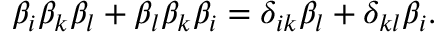
\beta _ { i } \beta _ { k } \beta _ { l } + \beta _ { l } \beta _ { k } \beta _ { i } = \delta _ { i k } \beta _ { l } + \delta _ { k l } \beta _ { i } .